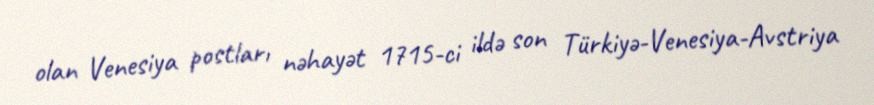
olan Venesiya postları nəhayət 1715-ci ildə son Türkiyə-Venesiya-Avstriya